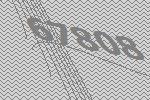
67808